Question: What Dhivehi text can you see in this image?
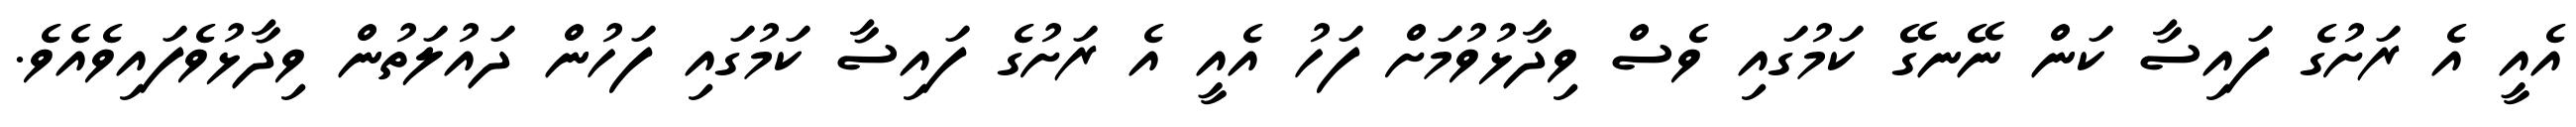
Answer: އެއީ އެ ރަށުގެ ފައިސާ ކަން ނޭނގޭ ކަމުގައި ވެސް ވިދާޅުވުމަށް ފަހު އެއީ އެ ރަށުގެ ފައިސާ ކަމުގައި ފަހުން ދައުލަތުން ވިދާޅުވެފައިވެއެވެ.